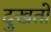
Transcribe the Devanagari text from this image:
दुखतो